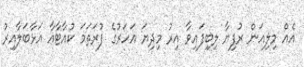
އެއް މިލިއަން ރުފިޔާ ލިބިފައިވާ އިރު މިދިޔަ އަހަރުގެ ފުރަތަމަ ކުއާޓާއާ އަޅާބަލާއިރު